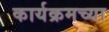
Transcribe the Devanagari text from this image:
कार्यक्रमच्या